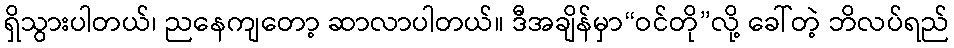
ရှိသွားပါတယ်၊ ညနေကျတော့ ဆာလာပါတယ်။ ဒီအချိန်မှာ“ဝင်တို”လို့ ခေါ်တဲ့ ဘိလပ်ရည်